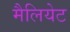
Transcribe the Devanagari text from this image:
मैलियेट